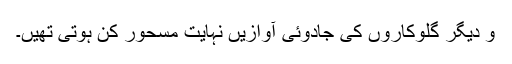
و دیگر گلوکاروں کی جادوئی آوازیں نہایت مسحور کُن ہوتی تھیں۔